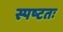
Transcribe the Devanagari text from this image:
स्पष्‍टतः